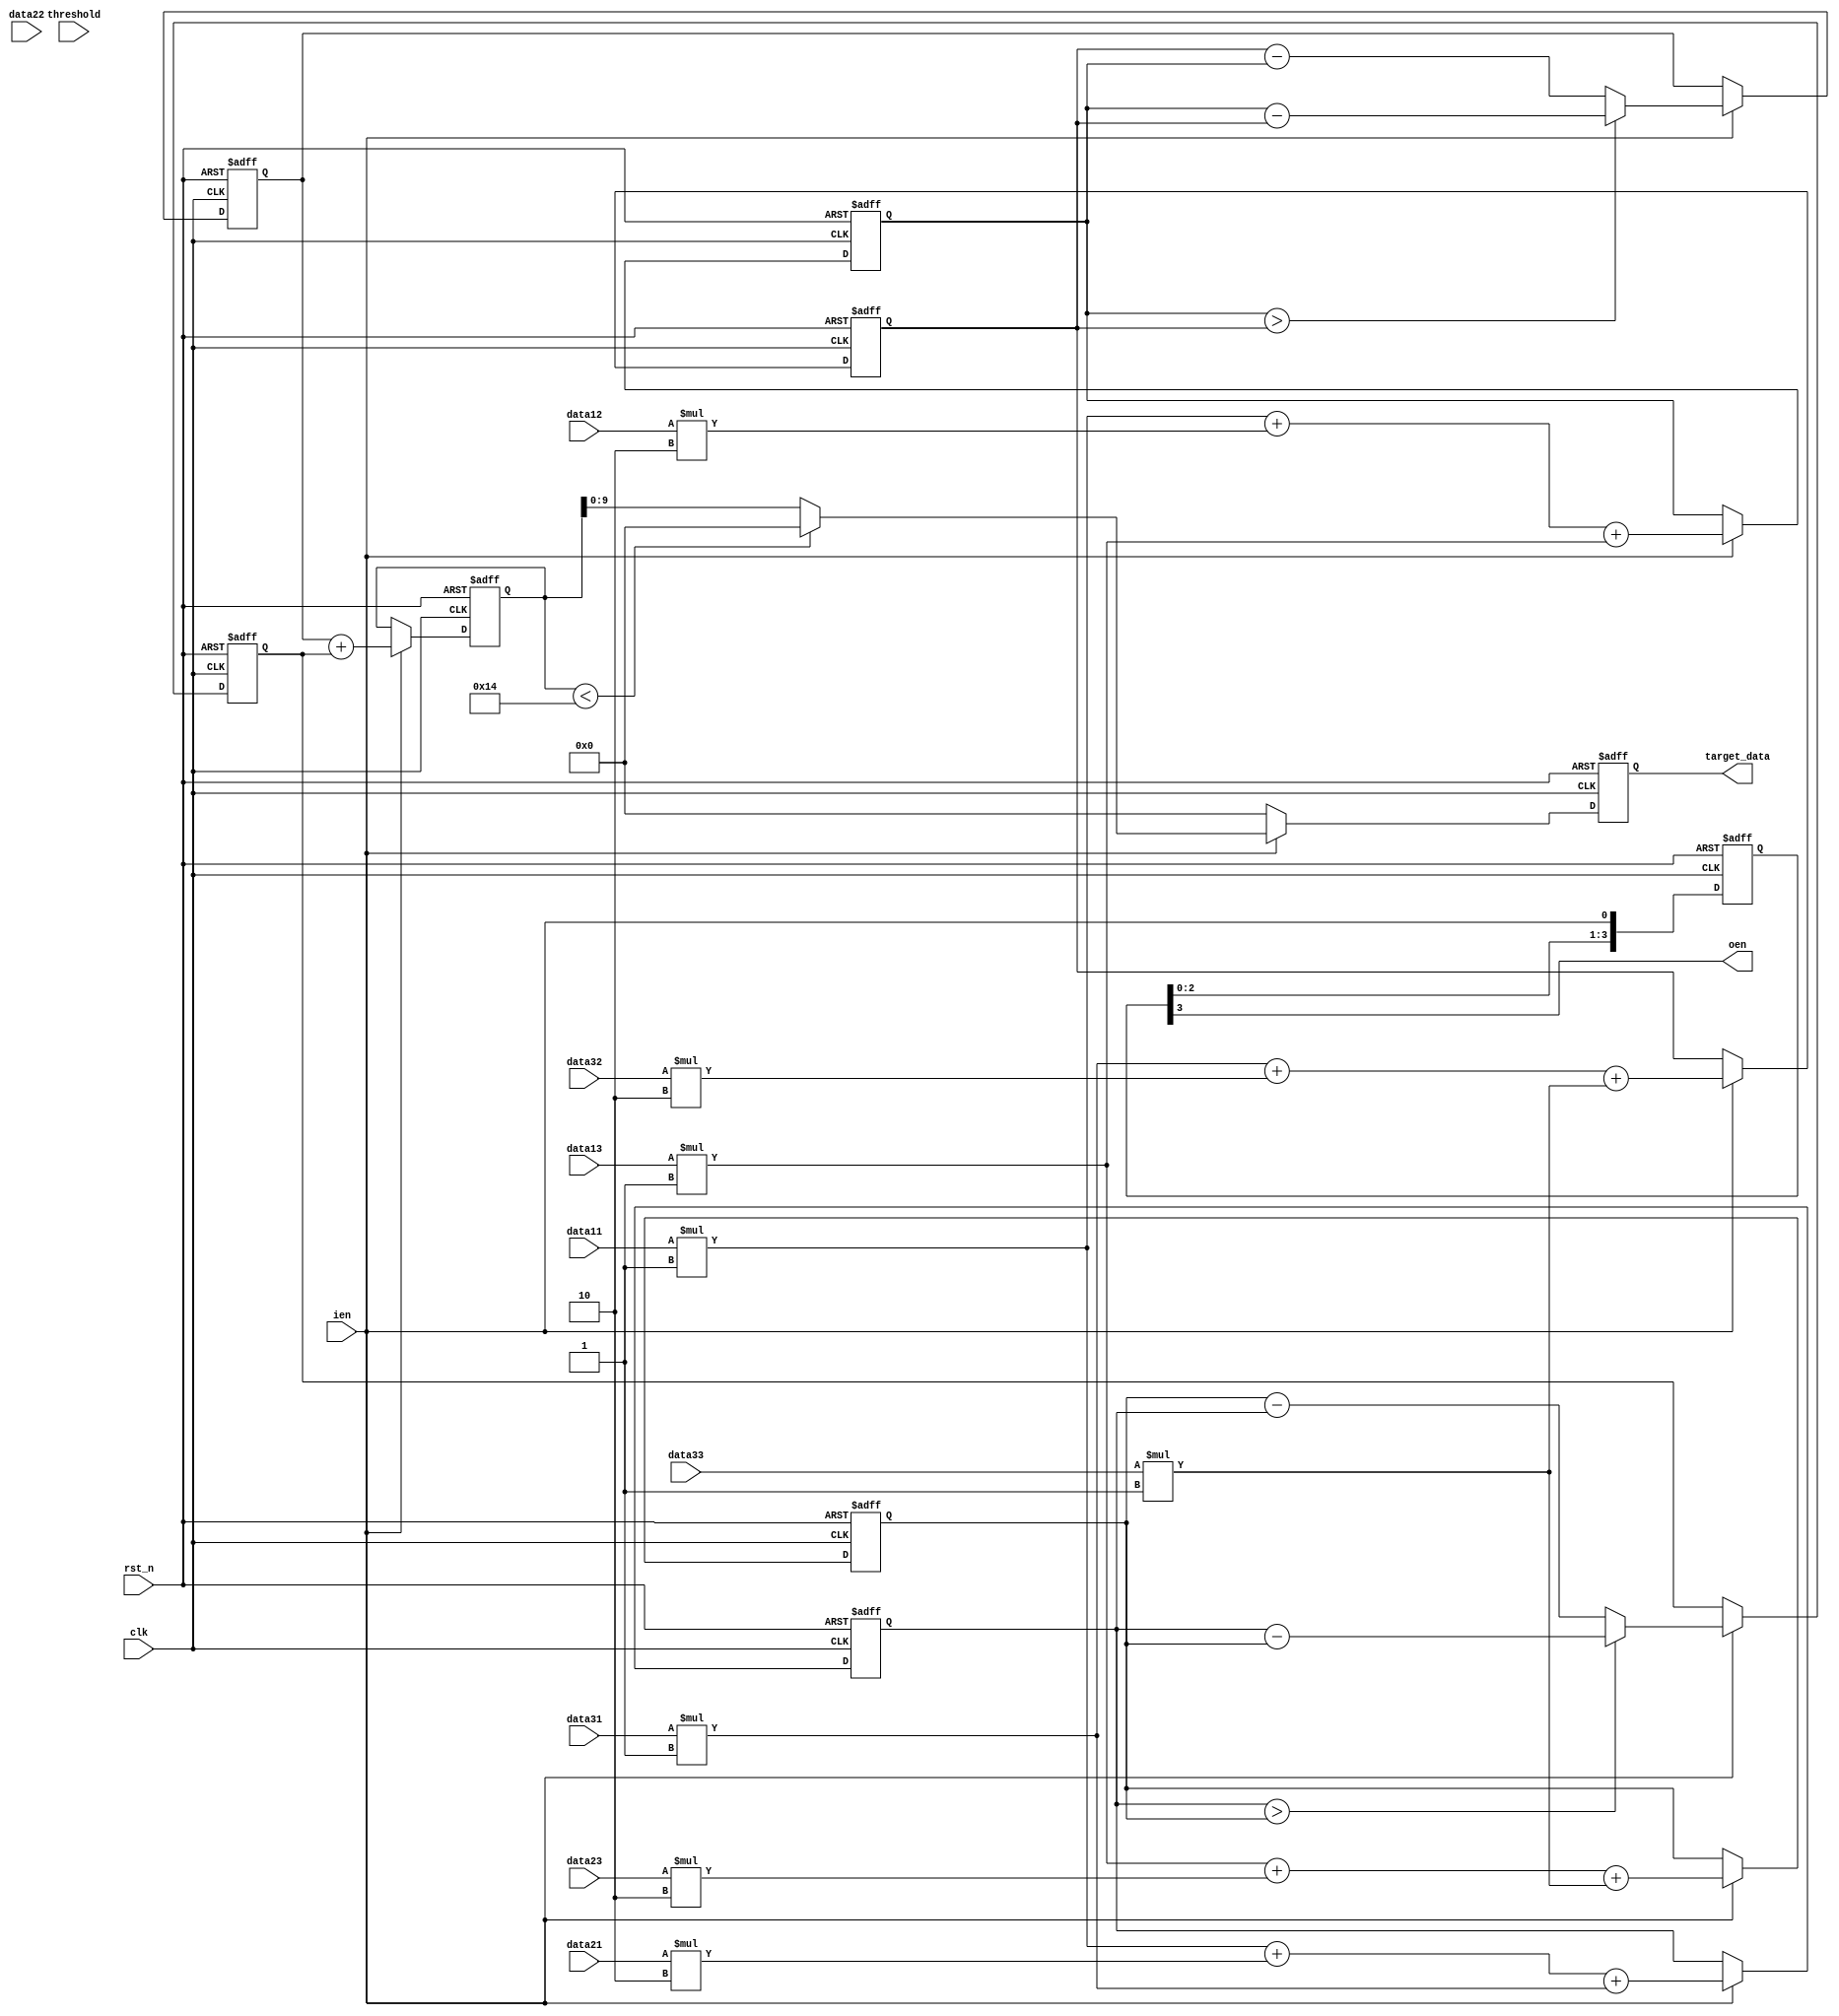
module sobel(
	clk,                          //
	rst_n,                        //
	ien,                          //
	oen,                          //                        
	threshold,                    //
	data11, data12, data13,       //9
	data21, data22, data23,
	data31, data32, data33,
	target_data                   //sobel
	);
	
input		clk;
input		rst_n;
input    ien;
input    [9:0]   threshold;
input		[9:0]	data11, data12, data13;
input		[9:0]	data21, data22, data23;
input		[9:0]	data31, data32, data33;
	
output	reg [9:0]	target_data;
output  oen;

reg [13:0] Gx_1;
reg [13:0] Gx_3;
reg [13:0] Gy_1;
reg [13:0] Gy_3;


reg [13:0] Gx;
reg [13:0] Gy;
reg [13:0]out;


//1
always@(posedge clk or negedge rst_n)  begin
	if(rst_n==1'b0) begin
		Gx_1 <= 13'b0;
		Gx_3 <= 13'b0; 
		Gy_1 <= 13'b0; 
		Gy_3 <= 13'b0;
	end
	else if(ien==1'b1)begin
		Gx_1 <= data11*4'd1+data12*4'd2+data13*4'd1;
		Gx_3 <= data31*4'd1+data32*4'd2+data33*4'd1;
		Gy_1 <= data11*4'd1+data21*4'd2+data31*4'd1;
		Gy_3 <= data13*4'd1+data23*4'd2+data33*4'd1;
	end
	else begin
		Gx_1 <= Gx_1;
		Gx_3 <= Gx_3; 
		Gy_1 <= Gy_1; 
		Gy_3 <= Gy_3;
	end
end

//2:
always@(posedge clk or negedge rst_n)  begin
	if(rst_n==1'b0) begin
		Gx <= 13'b0;
		Gy <= 13'b0;
	end
	else if(ien==1'b1) begin
		Gx<= (Gx_1>Gx_3)?(Gx_1-Gx_3):(Gx_3-Gx_1);
		Gy<= (Gy_1>Gy_3)?(Gy_1-Gy_3):(Gy_3-Gy_1);
	end
	else begin
		Gx <= Gx;
		Gy <= Gy;
	end
end

//3:
always@(posedge clk or negedge rst_n)  begin
	if(rst_n==1'b0) begin
		out <= 13'b0;
	end
	else if(ien==1'b1) begin
		out <= Gx + Gy;
	end
	else begin
		out <= out;	
	end
end

//
/*
wire [9:0]judge;
assign judge = out[22:13];
*/

wire [13:0] thre;
assign thre = threshold;

//4
always@(posedge clk or negedge rst_n)  begin
	if(rst_n==1'b0) begin
		target_data <= 10'b0;
	end
	else if(ien==1'b1) begin
	if(out<10'd20) begin
			target_data <= 10'b0000000000;
		end
		else begin
			target_data <= out;
		end
	end
	else begin
	      target_data <= 10'b0000000000;
	end
end

//
//4clk
reg 	[3:0]	per_clken_r;
always @(posedge clk or negedge rst_n)begin
	if(rst_n==1'b0)
		per_clken_r <= 4'b0000	;
	else 
		per_clken_r <= {per_clken_r[2:0], ien};	 
end
assign oen = per_clken_r[3];

endmodule